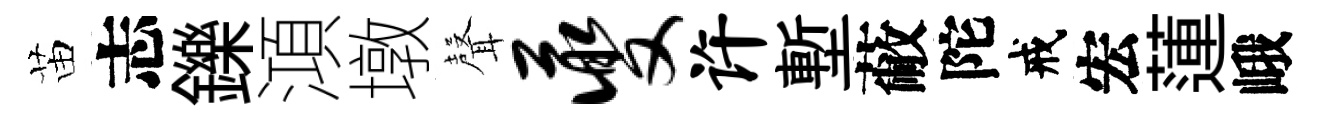
苗志鑠澒墩𮋻夔许塹蔽陀戒宏蓮峨